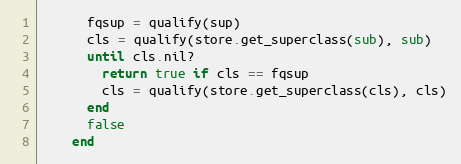
Language: Ruby
      fqsup = qualify(sup)
      cls = qualify(store.get_superclass(sub), sub)
      until cls.nil?
        return true if cls == fqsup
        cls = qualify(store.get_superclass(cls), cls)
      end
      false
    end